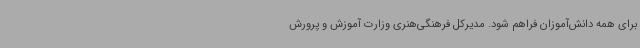
برای همه دانش‌آموزان فراهم شود. مدیرکل فرهنگی‌هنری وزارت آموزش و پرورش